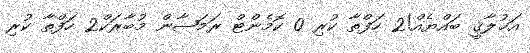
އަޚުލާޤީ ބައްޔެއް!2 ހަފްތާ ކުރި 0 ކޮމެންޓް ރަމަޟާން މުބާރަކް2 ހަފްތާ ކުރި